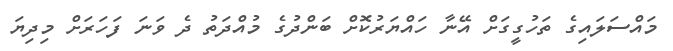
މައްސަލައިގެ ތަހުގީގަށް އޭނާ ހައްޔަރުކޮށް ބަންދުގެ މުއްދަތު ދެ ވަނަ ފަހަރަށް މިދިޔަ